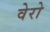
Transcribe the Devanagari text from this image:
वेरो